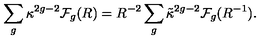
\sum _ { g } \kappa ^ { 2 g - 2 } { \cal F } _ { g } ( R ) = R ^ { - 2 } \sum _ { g } \tilde { \kappa } ^ { 2 g - 2 } { \cal F } _ { g } ( R ^ { - 1 } ) .